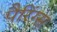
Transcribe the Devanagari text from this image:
पैरिंग्स